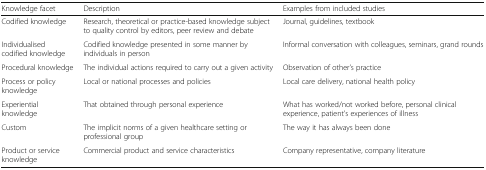
<table><thead><tr><td><b>Knowledge facet</b></td><td><b>Description</b></td><td><b>Examples from included studies</b></td></tr></thead><tbody><tr><td>Codified knowledge</td><td>Research, theoretical or practice-based knowledge subject to quality control by editors, peer review and debate</td><td>Journal, guidelines, textbook</td></tr><tr><td>Individualised codified knowledge</td><td>Codified knowledge presented in some manner by individuals in person</td><td>Informal conversation with colleagues, seminars, grand rounds</td></tr><tr><td>Procedural knowledge</td><td>The individual actions required to carry out a given activity</td><td>Observation of other’s practice</td></tr><tr><td>Process or policy knowledge</td><td>Local or national processes and policies</td><td>Local care delivery, national health policy</td></tr><tr><td>Experiential knowledge</td><td>That obtained through personal experience</td><td>What has worked/not worked before, personal clinical experience, patient’s experiences of illness</td></tr><tr><td>Custom</td><td>The implicit norms of a given healthcare setting or professional group</td><td>The way it has always been done</td></tr><tr><td>Product or service knowledge</td><td>Commercial product and service characteristics</td><td>Company representative, company literature</td></tr></tbody></table>